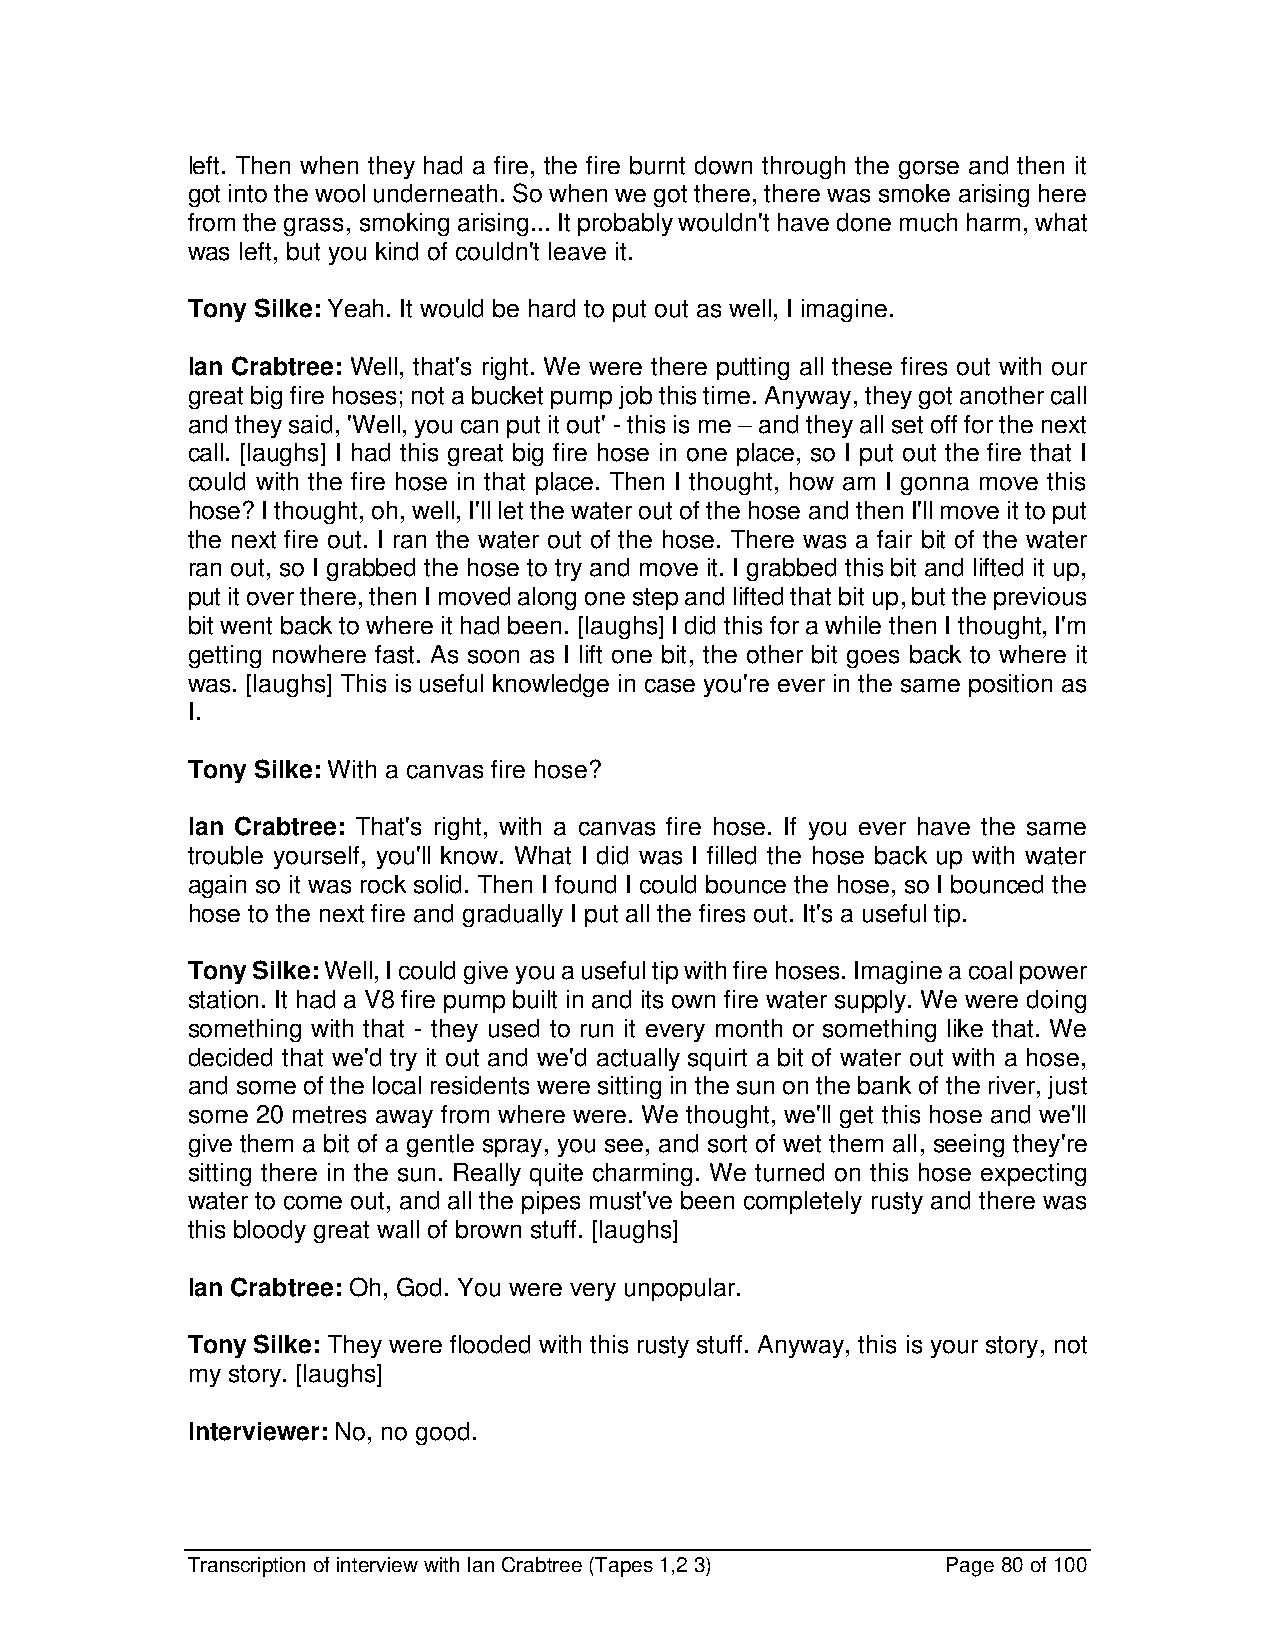
left. Then when they had a fire, the fire burnt down through the gorse and then it
 got into the wool underneath. So when we got there, there was smoke arising here
 from the grass, smoking arising... It probably wouldn't have done much harm, what
 was left, but you kind of couldn't leave it.
 Tony Silke: Yeah. It would be hard to put out as well, I imagine.
 Ian Crabtree: Well, that's right. We were there putting all these fires out with our
 great big fire hoses; not a bucket pump job this time. Anyway, they got another call
 and they said, 'Well, you can put it out' - this is me – and they all set off for the next
 call. [laughs] I had this great big fire hose in one place, so I put out the fire that I
 could with the fire hose in that place. Then I thought, how am I gonna move this
 hose? I thought, oh, well, I'll let the water out of the hose and then I'll move it to put
 the next fire out. I ran the water out of the hose. There was a fair bit of the water
 ran out, so I grabbed the hose to try and move it. I grabbed this bit and lifted it up,
 put it over there, then I moved along one step and lifted that bit up, but the previous
 bit went back to where it had been. [laughs] I did this for a while then I thought, I'm
 getting nowhere fast. As soon as I lift one bit, the other bit goes back to where it
 was. [laughs] This is useful knowledge in case you're ever in the same position as
 I.
 Tony Silke: With a canvas fire hose?
 Ian Crabtree: That's right, with a canvas fire hose. If you ever have the same
 trouble yourself, you'll know. What I did was I filled the hose back up with water
 again so it was rock solid. Then I found I could bounce the hose, so I bounced the
 hose to the next fire and gradually I put all the fires out. It's a useful tip.
 Tony Silke: Well, I could give you a useful tip with fire hoses. Imagine a coal power
 station. It had a V8 fire pump built in and its own fire water supply. We were doing
 something with that - they used to run it every month or something like that. We
 decided that we'd try it out and we'd actually squirt a bit of water out with a hose,
 and some of the local residents were sitting in the sun on the bank of the river, just
 some 20 metres away from where were. We thought, we'll get this hose and we'll
 give them a bit of a gentle spray, you see, and sort of wet them all, seeing they're
 sitting there in the sun. Really quite charming. We turned on this hose expecting
 water to come out, and all the pipes must've been completely rusty and there was
 this bloody great wall of brown stuff. [laughs]
 Ian Crabtree: Oh, God. You were very unpopular.
 Tony Silke: They were flooded with this rusty stuff. Anyway, this is your story, not
 my story. [laughs]
 Interviewer: No, no good.
 Transcription of interview with Ian Crabtree (Tapes 1,2 3) Page 80 of 100